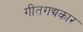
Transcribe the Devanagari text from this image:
गीतगद्यकार